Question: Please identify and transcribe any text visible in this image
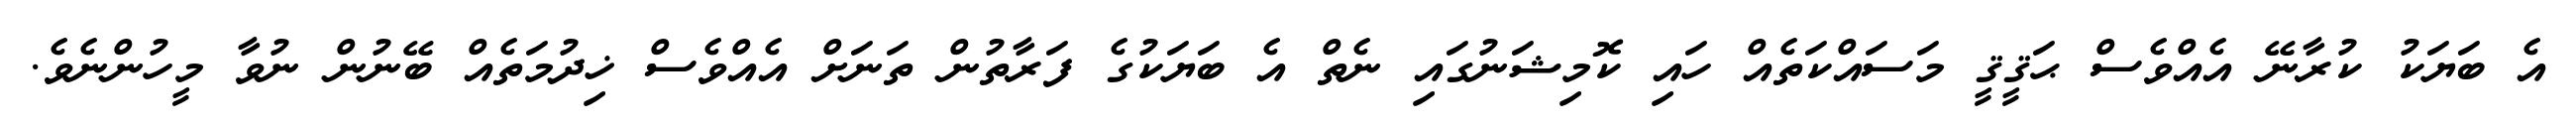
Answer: އެ ބަޔަކު ކުރާނޭ އެއްވެސް ޙަޤީޤީ މަސައްކަތެއް ހައި ކޮމިޝަނުގައި ނެތް އެ ބަޔަކުގެ ފަރާތުން ތަނަށް އެއްވެސް ޚިދުމަތެއް ބޭނުން ނުވާ މީހުންނެވެ.